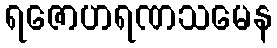
ရဇောဟရဏသမေန